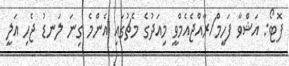
ފޮޓޯ: އަޝްވާ ފަހީމް/ރާއްޖެއެމްވީ މިއަދުގެ މެޗުގައި އެންމެ ގިނަ ލަނޑު ޖެހި އަލީ